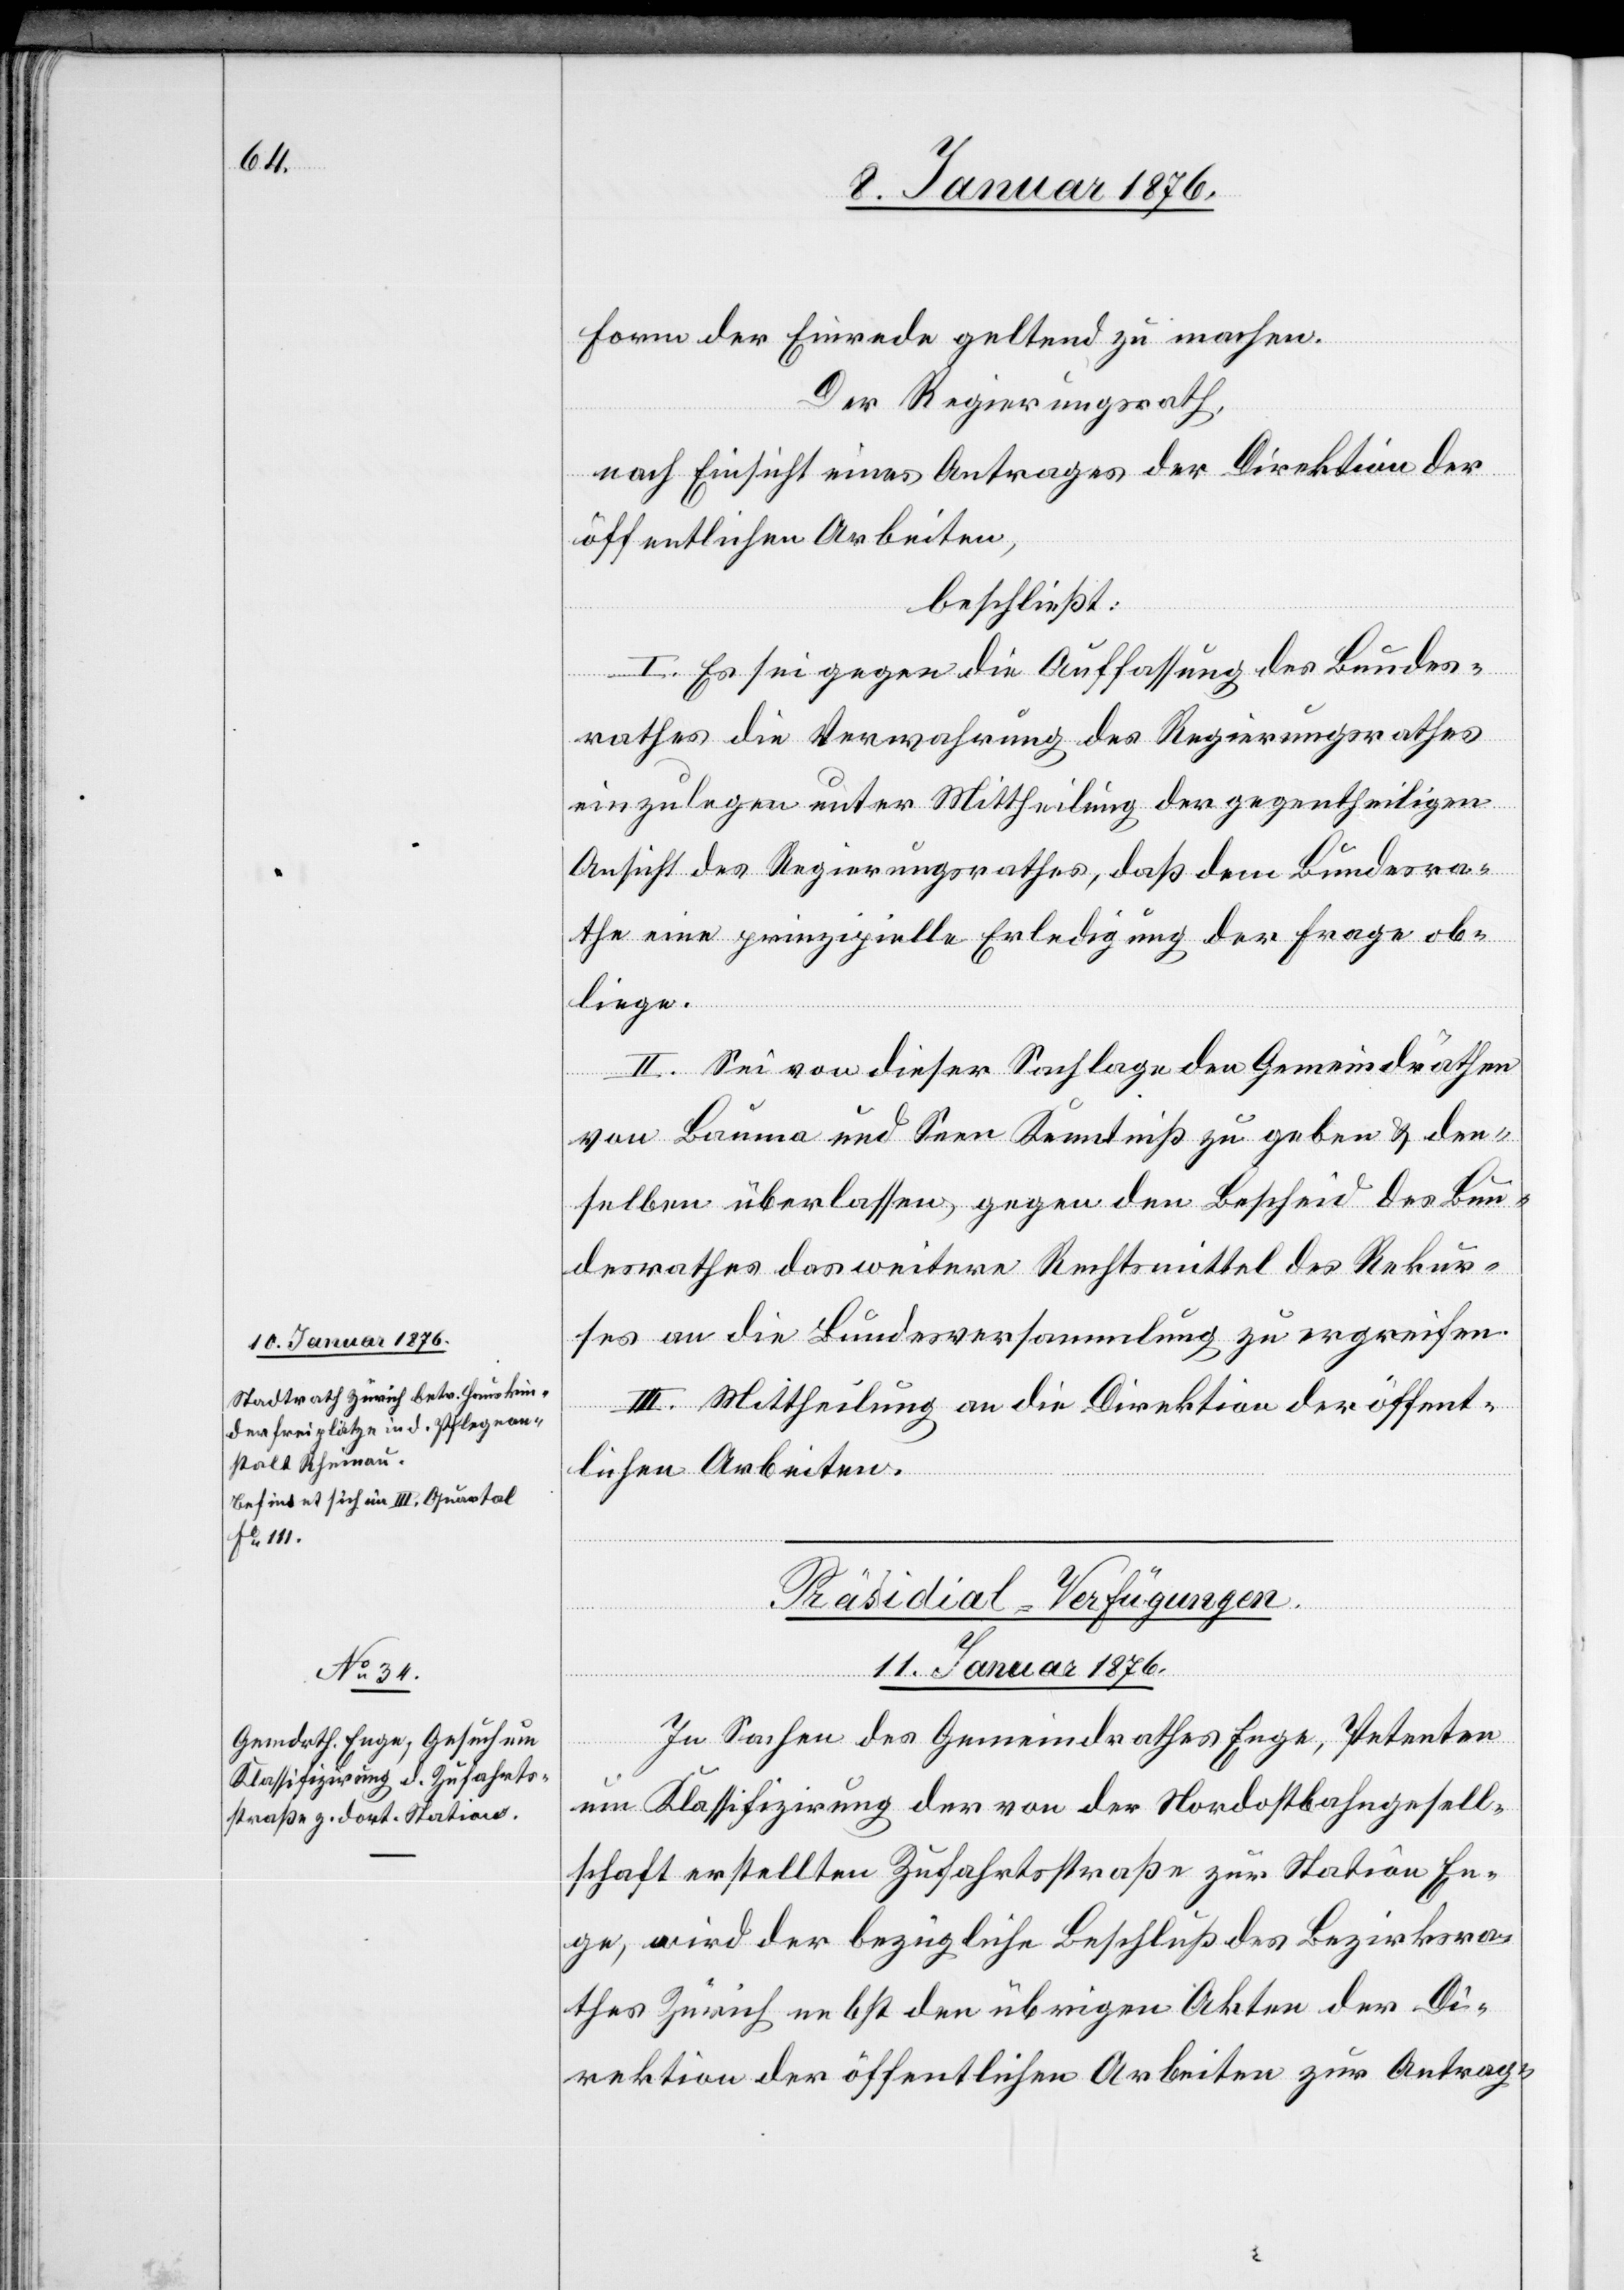
a-10. Januar 1876.
Stadtrath Zürich betr. Hauskin¬
derfreiplätze in d. Pflegean¬
stalt Rheinau.
Befindet sich im III. Quartal
Fo. III.

Form der Einrede geltend zu machen.
Der Regierungsrath,
nach Einsicht eines Antrages der Direktion der
öffentlichen Arbeiten,
beschließt:
I. Es sei gegen die Auffassung des Bundes¬
rathes die Verwahrung des Regierungsrathes
einzulegen unter Mittheilung der gegentheiligen
Ansicht des Regierungsrathes, daß dem Bundesra¬
the eine prinzipielle Erledigung der Frage ob¬
liege.
II. Sei von dieser Sachlage den Gemeindräthen
von Bauma und Seen Kenntniß zu geben u. den¬
selben überlassen, gegen den Bescheid des Bun¬
desrathes das weitere Rechtsmittel des Rekur¬
ses an die Bundesversammlung zu ergreifen.
III. Mittheilung an die Direktion der öffent¬
lichen Arbeiten.
Präsidial-Verfügungen
11. Januar 1876.
In Sachen des Gemeindrathes Enge, Petenten
um Klassifizirung der von der Nordostbahngesell¬
schaft erstellten Zufahrtsstraße zur Station En¬
ge, wird der bezügliche Beschluß des Bezirksra¬
thes Zürich nebst den übrigen Akten der Di¬
rektion der öffentlichen Arbeiten zur Antrag-